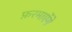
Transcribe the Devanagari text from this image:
फ़रमाएॅगे